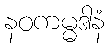
နဝကမ္မဒါနံ